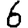
Digit: 6